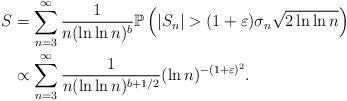
LaTeX: \begin{align*}S&=\sum_{n=3}^\infty\frac{1}{n(\ln\ln n)^b}\mathbb P \left(|S_n|>(1+\varepsilon)\sigma_n\sqrt{2\ln\ln n}\right)\\&\propto \sum_{n=3}^\infty\frac{1}{n(\ln\ln n)^{b+1/2}}(\ln n)^{-(1+\varepsilon)^2}.\end{align*}